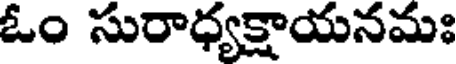
ఓం సురాధ్యక్షాయనమః